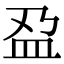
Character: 𫞯